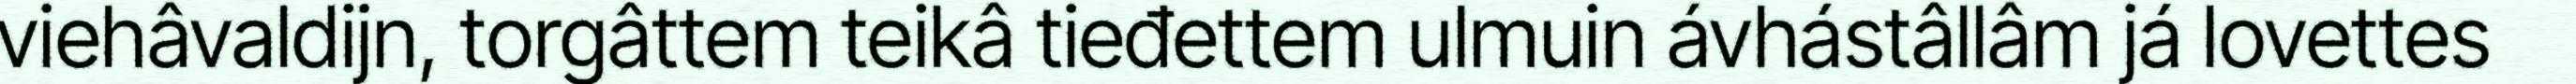
viehâvaldijn, torgâttem teikâ tieđettem ulmuin ávhástâllâm já lovettes